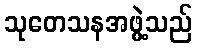
သုတေသနအဖွဲ့သည်